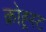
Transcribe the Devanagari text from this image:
क्रोह्र्स्ट